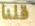
قلنا